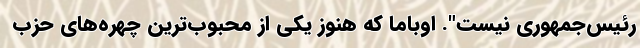
رئیس‌جمهوری نیست". اوباما که هنوز یکی از محبوب‌ترین چهره‌های حزب